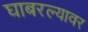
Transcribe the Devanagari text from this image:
घाबरल्यावर